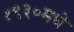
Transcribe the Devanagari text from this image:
१९३०मधे